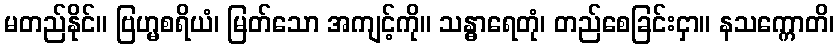
မတည်နိုင်။ ဗြဟ္မစရိယံ၊ မြတ်သော အကျင့်ကို။ သန္ဓာရေတုံ၊ တည်စေခြင်းငှာ။ နသက္ကောတိ၊